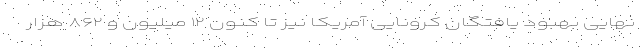
نهایی بهبود یافتگان کرونایی آمریکا نیز تا کنون ۱۲ میلیون و ۸۶۲ هزار